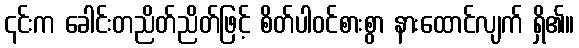
၎င်းက ခေါင်းတညိတ်ညိတ်ဖြင့် စိတ်ပါဝင်စားစွာ နားထောင်လျက် ရှိ၏။